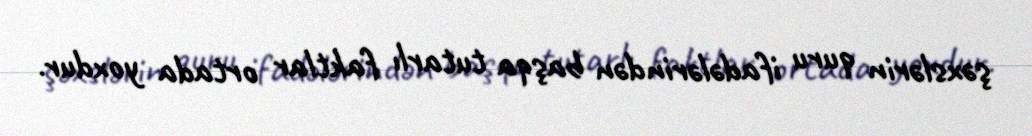
şəxslərin quru ifadələrindən başqa tutarlı faktlar ortada yoxdur.